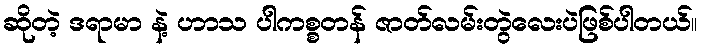
ဆိုတဲ့ ဒရာမာ နဲ့ ဟာသ ပါကစ္စတန် ဇာတ်လမ်းတွဲလေးပဲဖြစ်ပါတယ်။